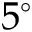
5 ^ { \circ }